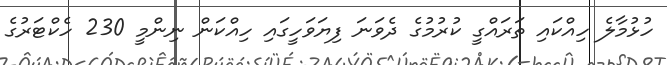
ހުޅުމާލެ ހިއްކައި ތަރައްގީ ކުރުމުގެ ދެވަނަ ފިޔަވަހީގައި ހިއްކަން ނިންމީ 230 ހެކްޓަރުގެ